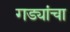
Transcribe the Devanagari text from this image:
गड्यांचा